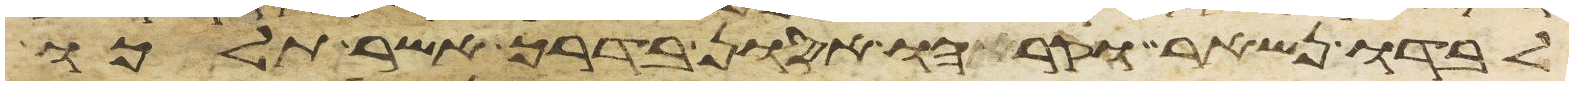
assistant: לבדו נשאר וקראהו אסון בדרך אשר תלכו